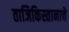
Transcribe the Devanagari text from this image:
ताजिकिस्तानाचे